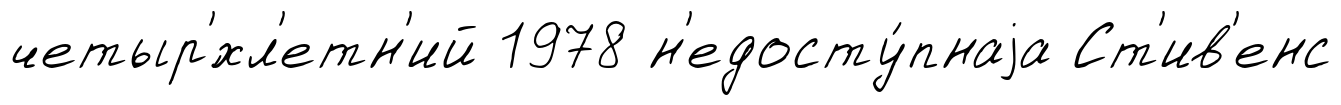
четыр'́хл'етн'ий 1978 н'едосту́пнаjа Ст'ив'енс